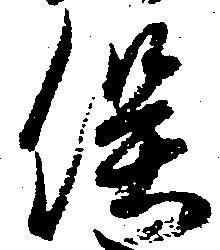
俣